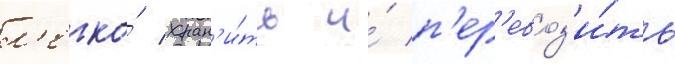
л'егко́ хран'и́ть и́ п'ер'евоз'и́ть